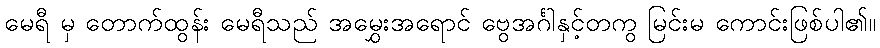
မေရီ မှ တောက်ထွန်း မေရီသည် အမွှေးအရောင် ဗွေအင်္ဂါနှင့်တကွ မြင်းမ ကောင်းဖြစ်ပါ၏။